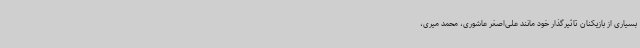
بسیاری از بازیکنان تاثیرگذار خود مانند علی‌اصغر عاشوری، محمد میری،